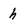
Character: h